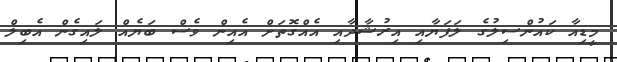
މީޑިއާ ކައުންސިލުގެ ލަފަޔާއި އިރުޝާދާއި އެެއްގޮތަށް އެެއިން ވެސް ބަޔެއް ލައިގެން އެބިލް